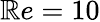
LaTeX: \mathbb{R}e=10